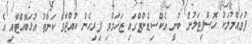
ފުވައްމުލަކު ހޮސްޕިޓަލުން ބުނީ އެކްސިޑެންޓްގައި ޒަހަމްވި ފިރިހެން ކުއްޖާގެ ކަނާތު އުޅަބޮއްޓާއި އެ